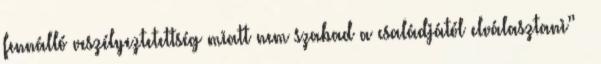
fennálló veszélyeztetettség miatt nem szabad a családjától elválasztani” –